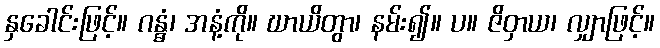
နှခေါင်းဖြင့်။ ဂန္ဓံ၊ အနံ့ကို။ ဃာယိတွာ၊ နမ်း၍။ ပ။ ဇိဝှာယ၊ လျှာဖြင့်။